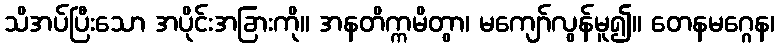
သိအပ်ပြီးသော အပိုင်းအခြားကို။ အနတိက္ကမိတွာ၊ မကျော်လွန်မူ၍။ တေနမဂ္ဂေန၊